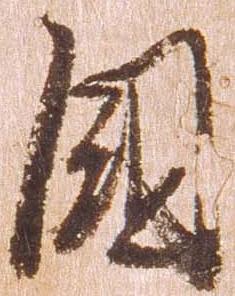
国